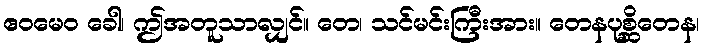
ဧဝမေဝ ခေါ၊ ဤအတူသာလျှင်။ တေ၊ သင်မင်းကြီးအား။ တေနပုစ္ဆိတေန၊